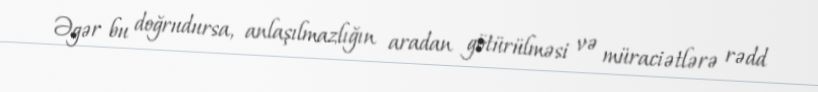
Əgər bu doğrudursa, anlaşılmazlığın aradan götürülməsi və müraciətlərə rədd